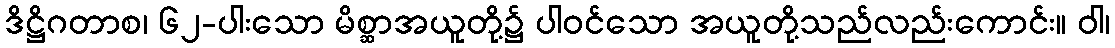
ဒိဋ္ဌိဂတာစ၊ ၆၂-ပါးသော မိစ္ဆာအယူတို့၌ ပါဝင်သော အယူတို့သည်လည်းကောင်း။ ဝါ၊